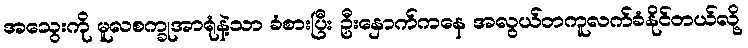
အသွေးကို မူလစက္ခုအာရုံနဲ့သာ ခံစားပြီး ဦးနှောက်ကနေ အလွယ်တကူလက်ခံနိုင်တယ်လို့